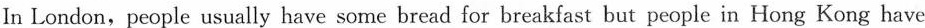
In London,people usually have some bread for breakfast but people in Hong Kong have